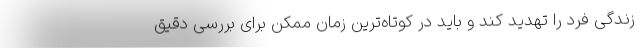
زندگی فرد را تهدید کند و باید در کوتاه‌ترین زمان ممکن برای بررسی دقیق